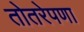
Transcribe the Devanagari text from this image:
तोतरेपणा